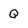
Character: Q